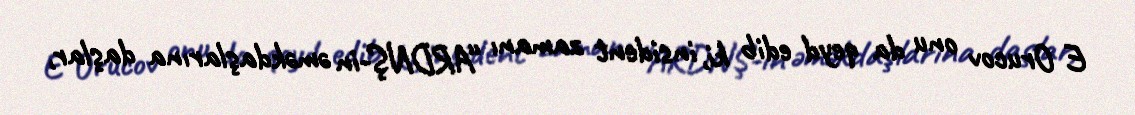
E Orucov onu da qeyd edib ki, insident zamanı “ARDNŞ-in əməkdaşlarına daşlar,